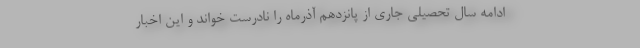
ادامه سال تحصیلی جاری از پانزدهم آذرماه را نادرست خواند و این اخبار